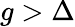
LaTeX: g>\Delta